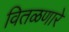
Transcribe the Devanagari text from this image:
वितळणारे